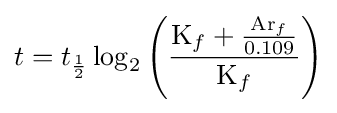
t=t_{\frac {1}{2}}\log _{2}\left({\frac {{\mathrm {K} }_{f}+{\frac {{\mathrm {Ar} }_{f}}{0.109}}}{{\mathrm {K} }_{f}}}\right)